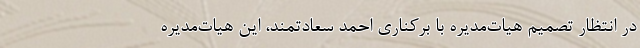
در انتظار تصمیم هیات‌مدیره با برکناری احمد سعادتمند، این هیات‌مدیره